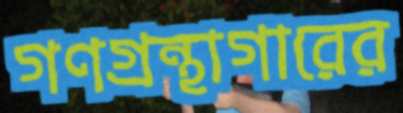
গণগ্রন্থাগারের